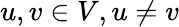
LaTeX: u,v\in V,u\neq v